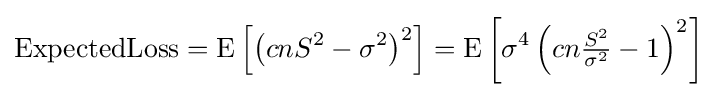
\operatorname {ExpectedLoss} =\operatorname {E} \left[\left(cnS^{2}-\sigma ^{2}\right)^{2}\right]=\operatorname {E} \left[\sigma ^{4}\left(cn{\tfrac {S^{2}}{\sigma ^{2}}}-1\right)^{2}\right]